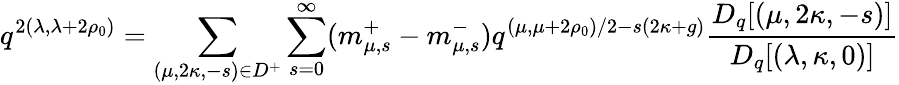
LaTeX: q^{2(\lambda,\lambda+2\rho_{0})}=\sum_{(\mu,2\kappa,-s)\in D^{+}}\sum_{s=0}^{\infty}(m_{\mu,s}^{+}-m_{\mu,s}^{-})q^{(\mu,\mu+2\rho_{0})/2-s(2\kappa+g)}\frac{D_{q}[(\mu,2\kappa,-s)]}{D_{q}[(\lambda,\kappa,0)]}